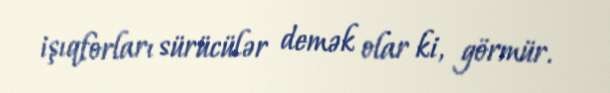
işıqforları sürücülər demək olar ki, görmür.